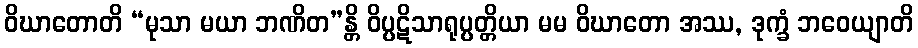
ဝိဃာတောတိ “မုသာ မယာ ဘဏိတ”န္တိ ဝိပ္ပဋိသာရုပ္ပတ္တိယာ မမ ဝိဃာတော အဿ, ဒုက္ခံ ဘဝေယျာတိ